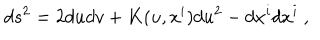
LaTeX: d s ^ { 2 } = 2 d u d v + K ( u , x ^ { i } ) d u ^ { 2 } - d x ^ { i } d x ^ { i } \ ,